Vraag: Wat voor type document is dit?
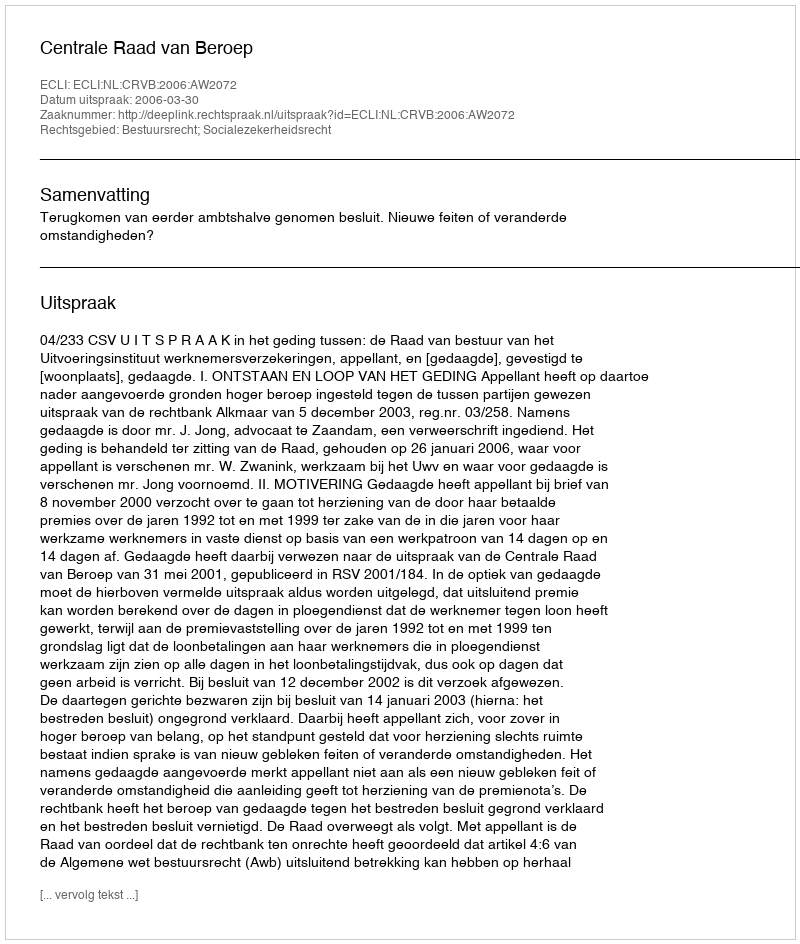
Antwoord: Uitspraak